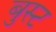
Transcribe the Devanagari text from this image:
बुस्ट